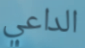
الداعي